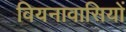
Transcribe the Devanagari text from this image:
वियनावासियों